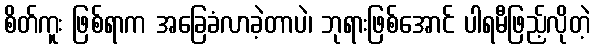
စိတ်ကူး ဖြစ်ရာက အခြေခံလာခဲ့တာပဲ၊ ဘုရားဖြစ်အောင် ပါရမီဖြည့်လိုတဲ့